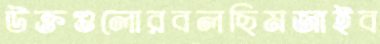
উক্তগুলোরবলছিমজাইব